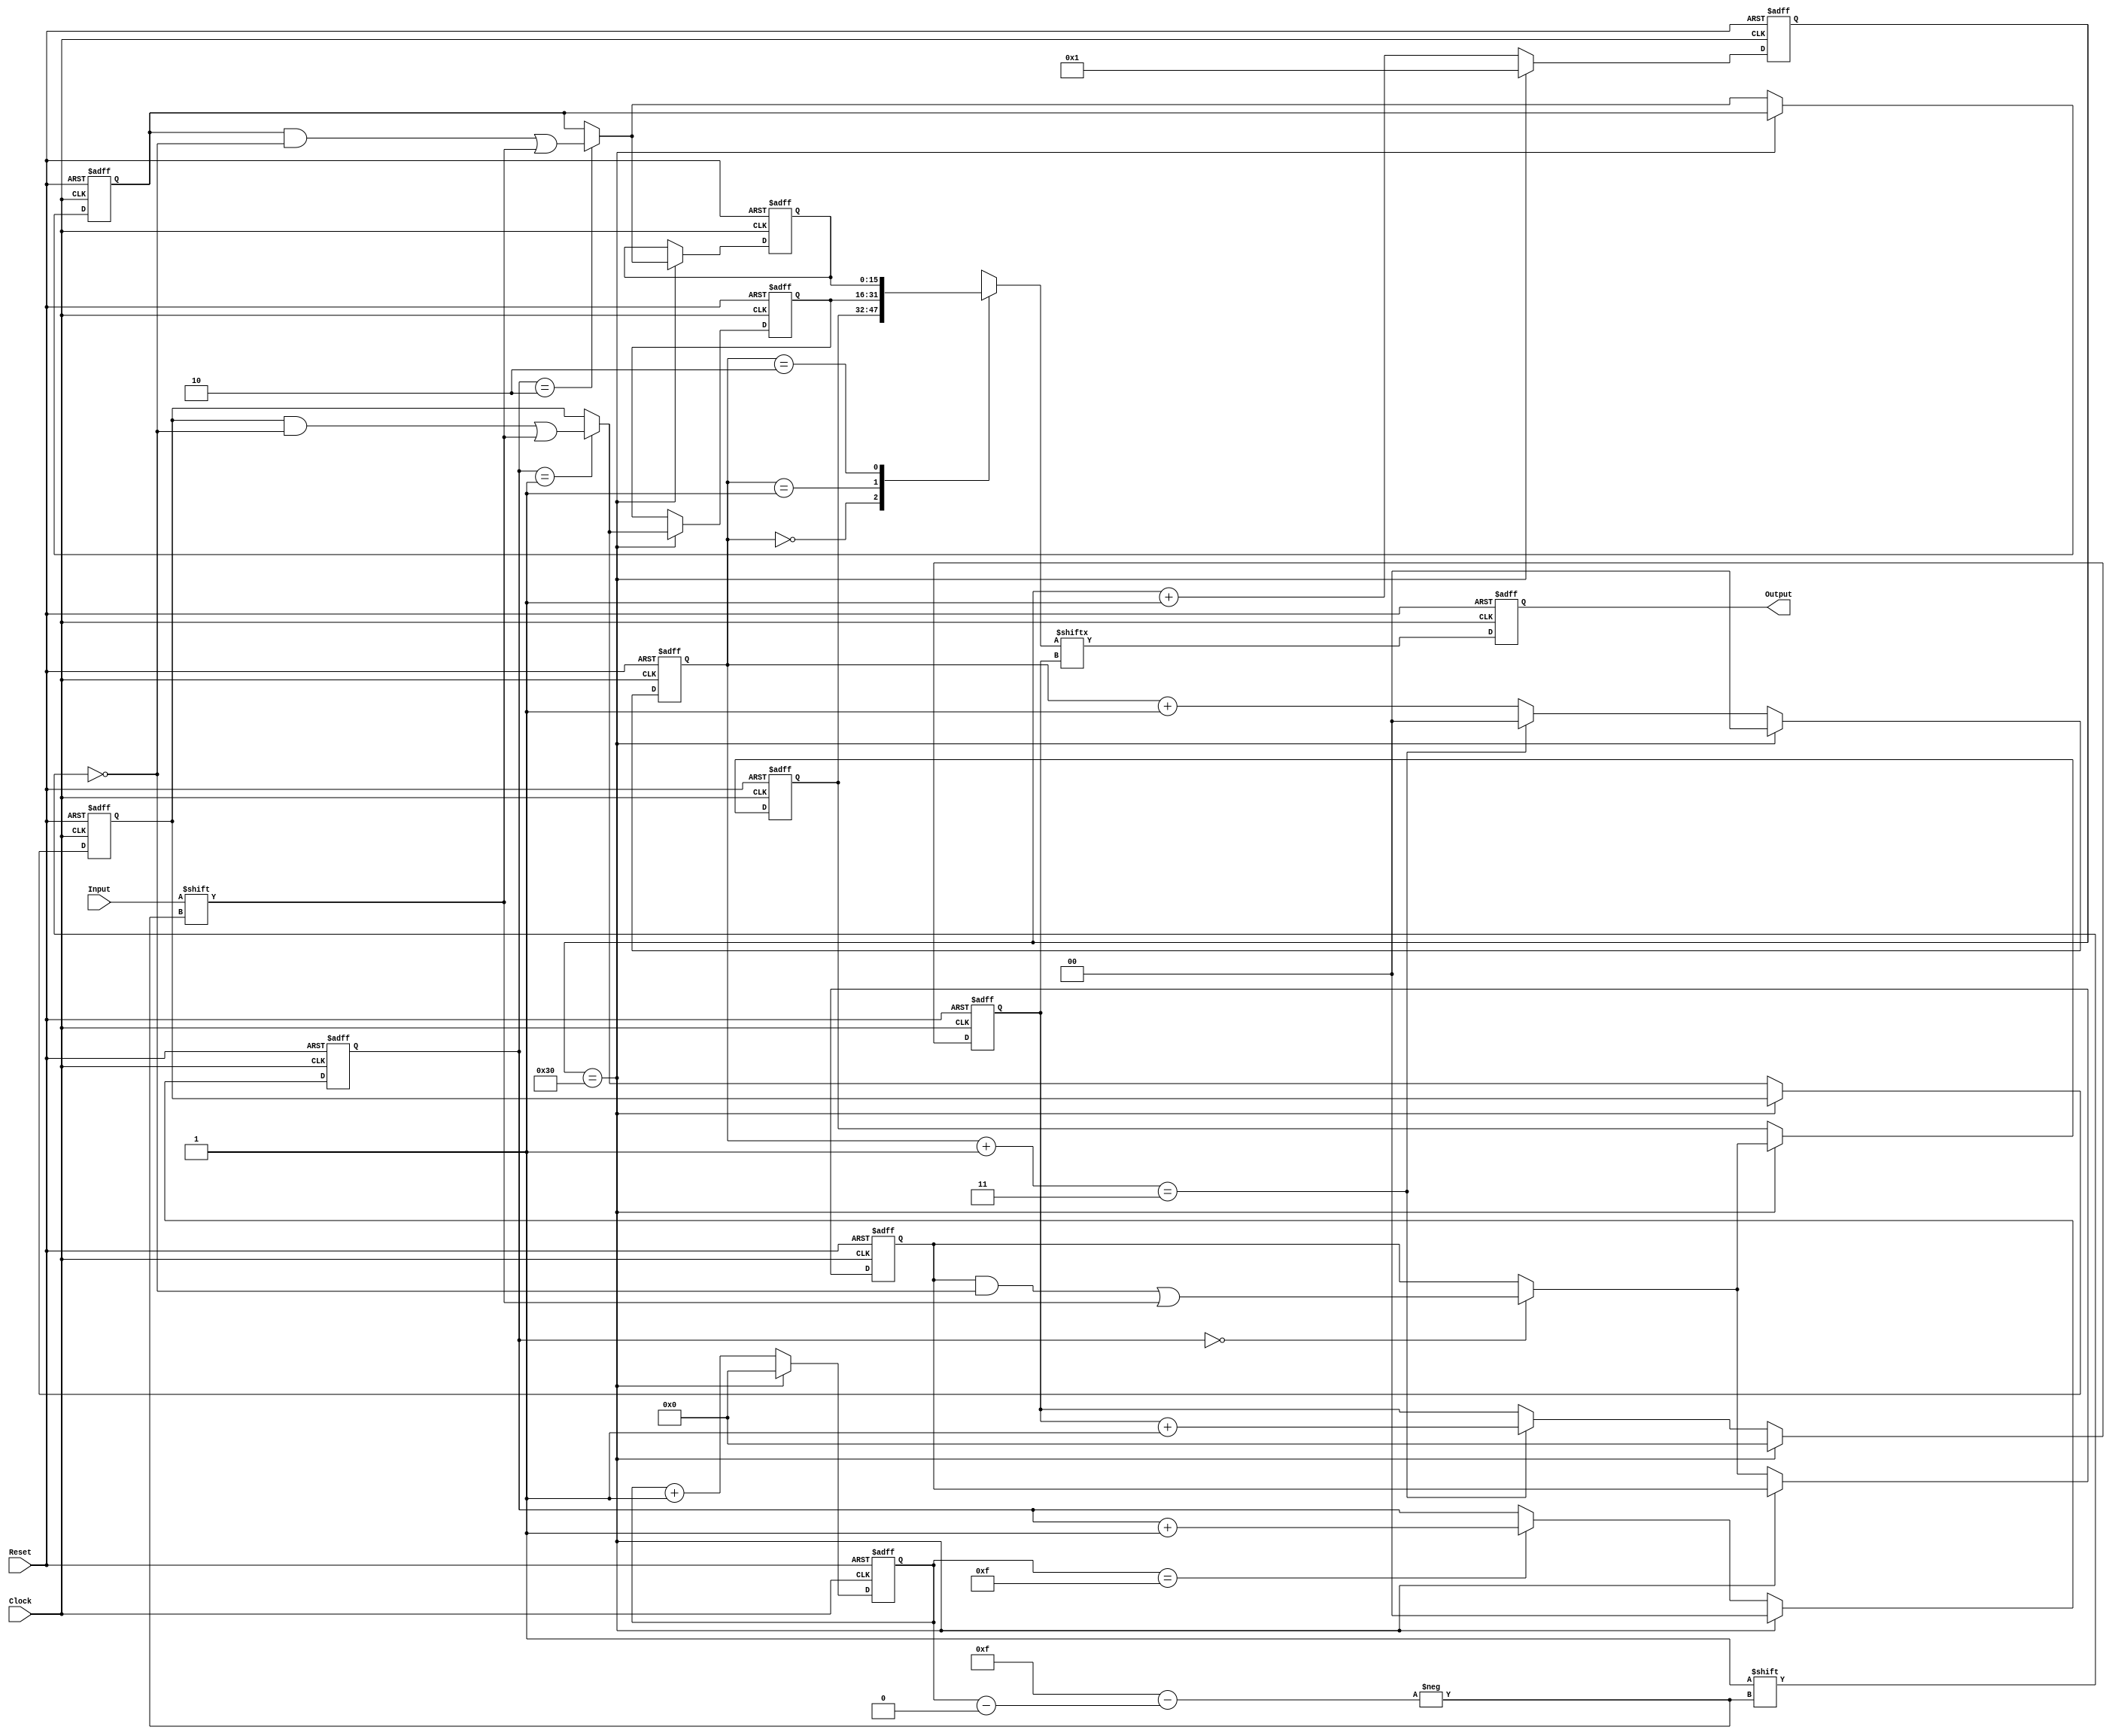
module interleaver(Input, Reset, Clock, Output);

    input wire Input;
    input wire Reset;
    input wire Clock;
    output reg Output;

    parameter N_CBPS = 48;
    parameter N_COLS = 16;
    parameter N_ROWS = N_CBPS / 16;

    reg [3:0] j_col_IN;
    reg [1:0] i_row_IN;
    reg [0:15] MEM_IN [0:2];
    reg [3:0] j_col_OUT;
    reg [1:0] i_row_OUT;
    reg [0:15] MEM_OUT [0:2];
    reg [7:0] counter;

    integer k;
    always @(posedge Clock, posedge Reset)
    begin
        if (Reset)
        begin
            j_col_IN <= 4'b0000;
            i_row_IN <= 2'b00;
            for(k = 0; k < N_ROWS; k = k + 1)               
                MEM_IN[k] <= 16'h0000;
            j_col_OUT <= 4'b0000;
            i_row_OUT <= 2'b00;
            for(k = 0; k < N_ROWS; k = k + 1)             
                MEM_OUT[k] <= 16'h0000;
            counter <= 8'h01;
        end
        else
        begin
            counter <= counter + 8'h01;
            if (counter == N_CBPS)
            begin
                for(k = 0; k < N_ROWS; k = k + 1)           
                begin
                    MEM_OUT[k] <= MEM_IN[k];
                end
                j_col_IN <= 4'b0000;
                i_row_IN <= 2'b00;
                j_col_OUT <= 4'b0000;
                i_row_OUT <= 2'b00;
                counter <= 8'h01;
                MEM_OUT[i_row_IN][j_col_IN] <= Input;
            end
            else
            begin
                MEM_IN[i_row_IN][j_col_IN] <= Input;
                j_col_IN <= j_col_IN + 4'b0001;
                if (j_col_IN == 4'b1111)
                    i_row_IN <= i_row_IN + 2'b01;

                i_row_OUT <= i_row_OUT + 2'b01;
                if (i_row_OUT + 2'b01 == N_ROWS)
                begin
                    j_col_OUT <= j_col_OUT + 4'b0001;
                    i_row_OUT <= 2'b00;
                end 
            end
        end
    end

    always @(posedge Clock, posedge Reset)
    begin
        if (Reset)
            Output <= 1'b0;
        else
            Output <= MEM_OUT[i_row_OUT][j_col_OUT];
    end
endmodule